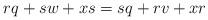
LaTeX: \begin{align*}rq + sw + xs &= sq + rv + xr\end{align*}